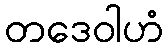
တဒေဝါဟံ